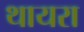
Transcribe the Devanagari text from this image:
थायरा